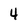
Character: 4